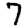
Digit: 7